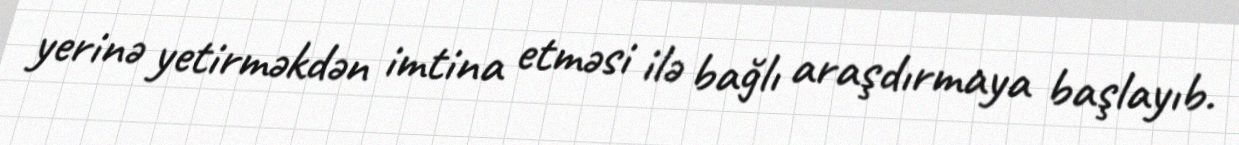
yerinə yetirməkdən imtina etməsi ilə bağlı araşdırmaya başlayıb.